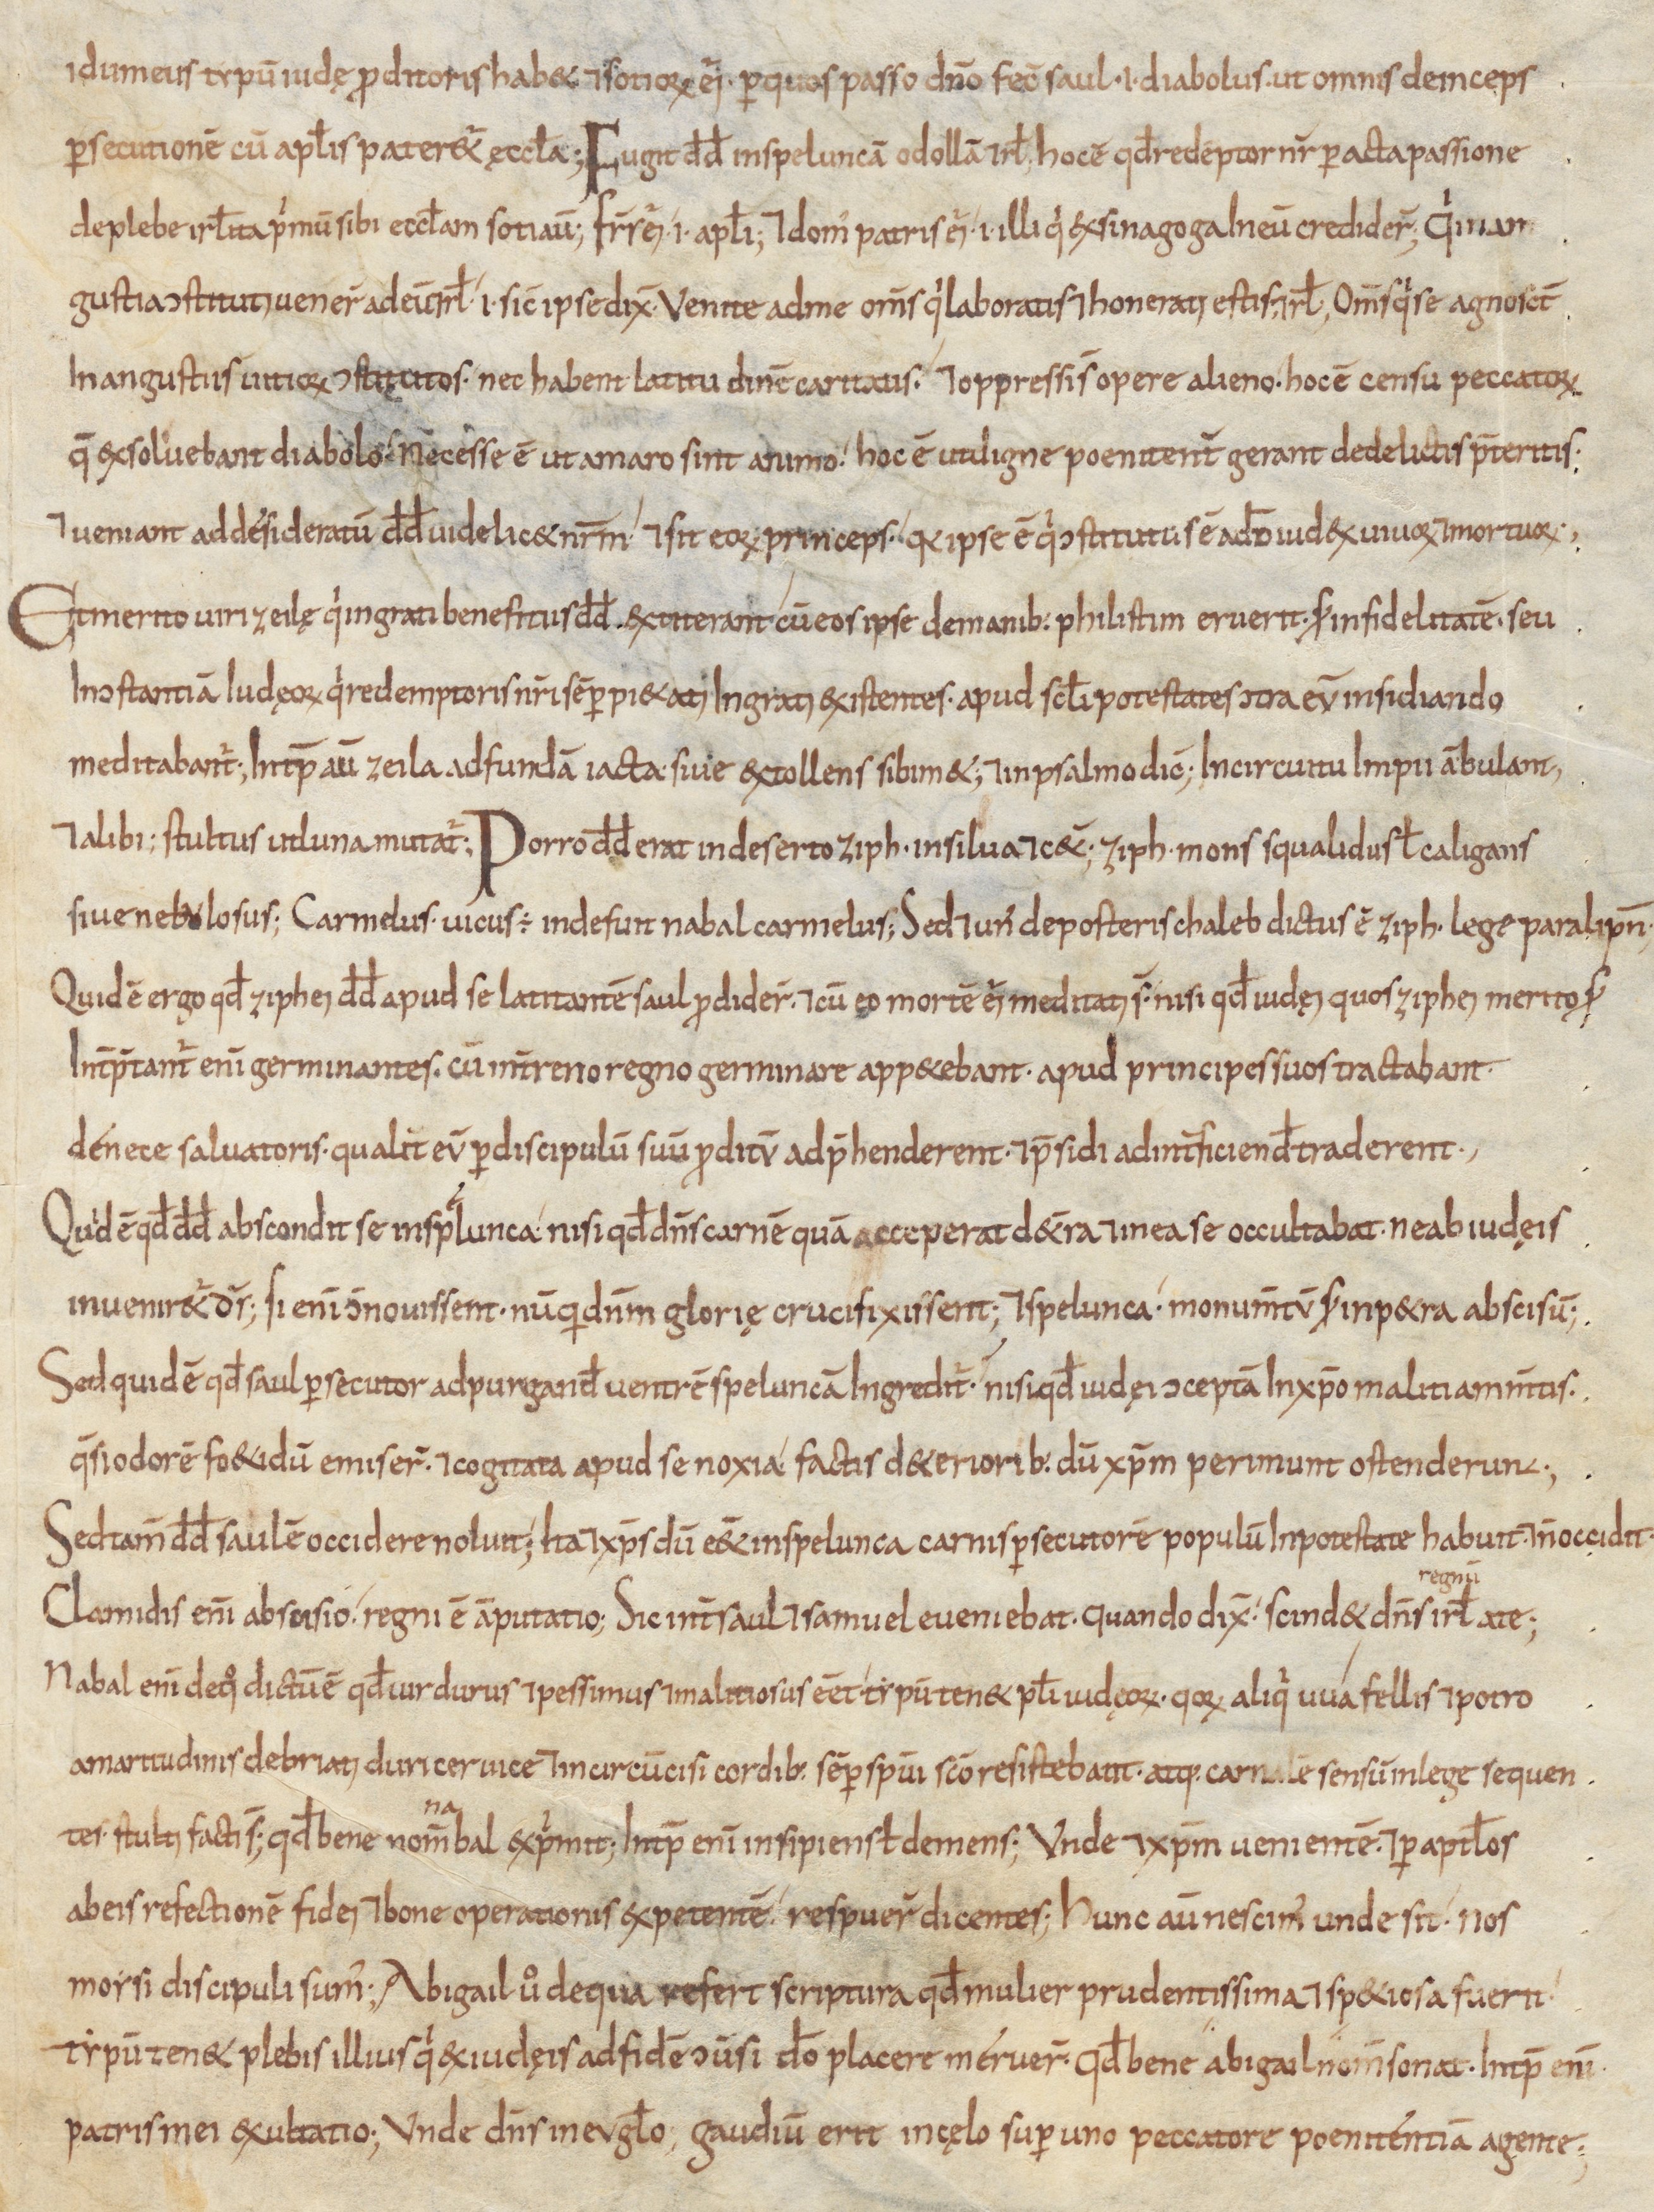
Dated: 800–899